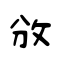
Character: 攽